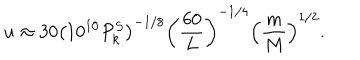
u \approx 3 0 \left( 1 0 ^ { 1 0 } P _ { k } ^ { S } \right) ^ { - 1 / 8 } \left( { \frac { 6 0 } { L } } \right) ^ { - 1 / 4 } \left( { \frac { m } { M } } \right) ^ { 1 / 2 } .